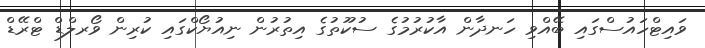
ވައިޓްހައުސްގައި ބޭއްވި ހަނދާން އާކުރުމުގެ ސުކޫތުގެ އިތުރުން ނިއުޔޯކްގައި ކުރިން ވޯރލްޑް ޓްރޭޑް